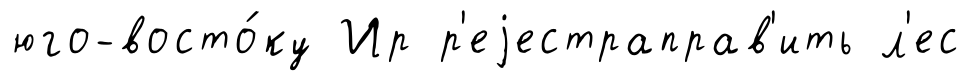
юго-восто́ку Ир р'еjестраправ'ить л'ес